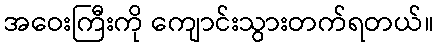
အဝေးကြီးကို ကျောင်းသွားတက်ရတယ်။